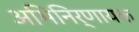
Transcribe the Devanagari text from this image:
अभिनिर्णायक